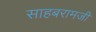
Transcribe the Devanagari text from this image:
साहबरामजी